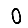
Digit: 0